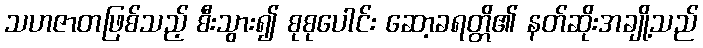
သဟဇာတဖြစ်သည့် စီးသွား၍ စုစုပေါင်း ဆော့ခရတ္တိ၏ နတ်ဆိုးအချို့သည်